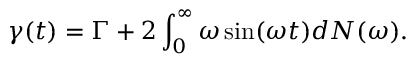
\gamma ( t ) = \Gamma + 2 \int _ { 0 } ^ { \infty } \omega \sin ( \omega t ) d N ( \omega ) .